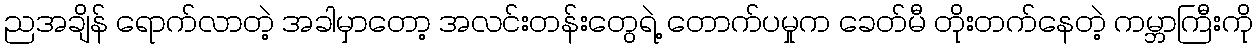
ညအချိန် ရောက်လာတဲ့ အခါမှာတော့ အလင်းတန်းတွေရဲ့ တောက်ပမှုက ခေတ်မီ တိုးတက်နေတဲ့ ကမ္ဘာကြီးကို